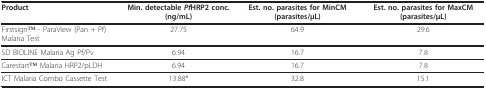
<table><thead><tr><td><b>Product</b></td><td><b>Min. detectable <i>Pf</i>HRP2 conc. (ng/mL)</b></td><td><b>Est. no. parasites for MinCM (parasites/μL)</b></td><td><b>Est. no. parasites for MaxCM (parasites/μL)</b></td></tr></thead><tbody><tr><td>FirstsignTM - ParaView (Pan + Pf) Malaria Test</td><td>27.75</td><td>64.9</td><td>29.6</td></tr><tr><td>SD BIOLINE Malaria Ag Pf/Pv</td><td>6.94</td><td>16.7</td><td>7.8</td></tr><tr><td>CarestartTM Malaria HRP2/pLDH</td><td>6.94</td><td>16.7</td><td>7.8</td></tr><tr><td>ICT Malaria Combo Cassette Test</td><td>13.88*</td><td>32.8</td><td>15.1</td></tr></tbody></table>